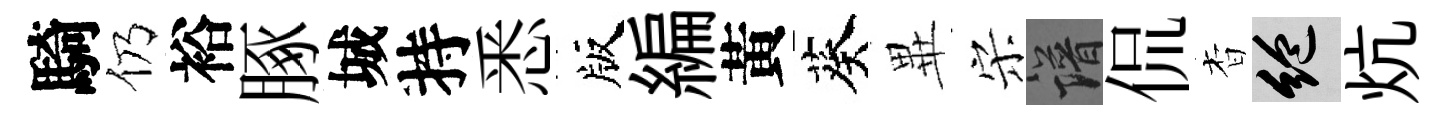
騎仍裕䐁城持悉版編黃葵𭺾宋譜侃杳絶炕